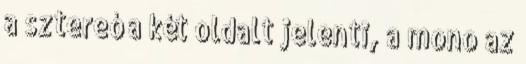
a sztereó a két oldalt jelenti, a mono az